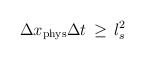
\begin{align*}\Delta x_{\rm phys} \Delta t \, \geq \, l_s^2\end{align*}